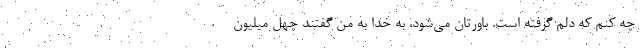
چه كنم كه دلم گرفته است. باورتان مي‌شود، به خدا به من گفتند چهل ميليون